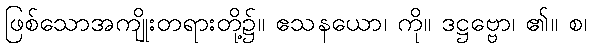
ဖြစ်သောအကျိုးတရားတို့၌။ ဧသနယော၊ ကို။ ဒဋ္ဌဗ္ဗော၊ ၏။ စ၊